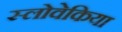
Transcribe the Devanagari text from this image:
स्लोवेकिया